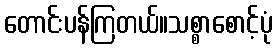
တောင်းပန်ကြတယ်။သစ္စာစောင့်ပုံ